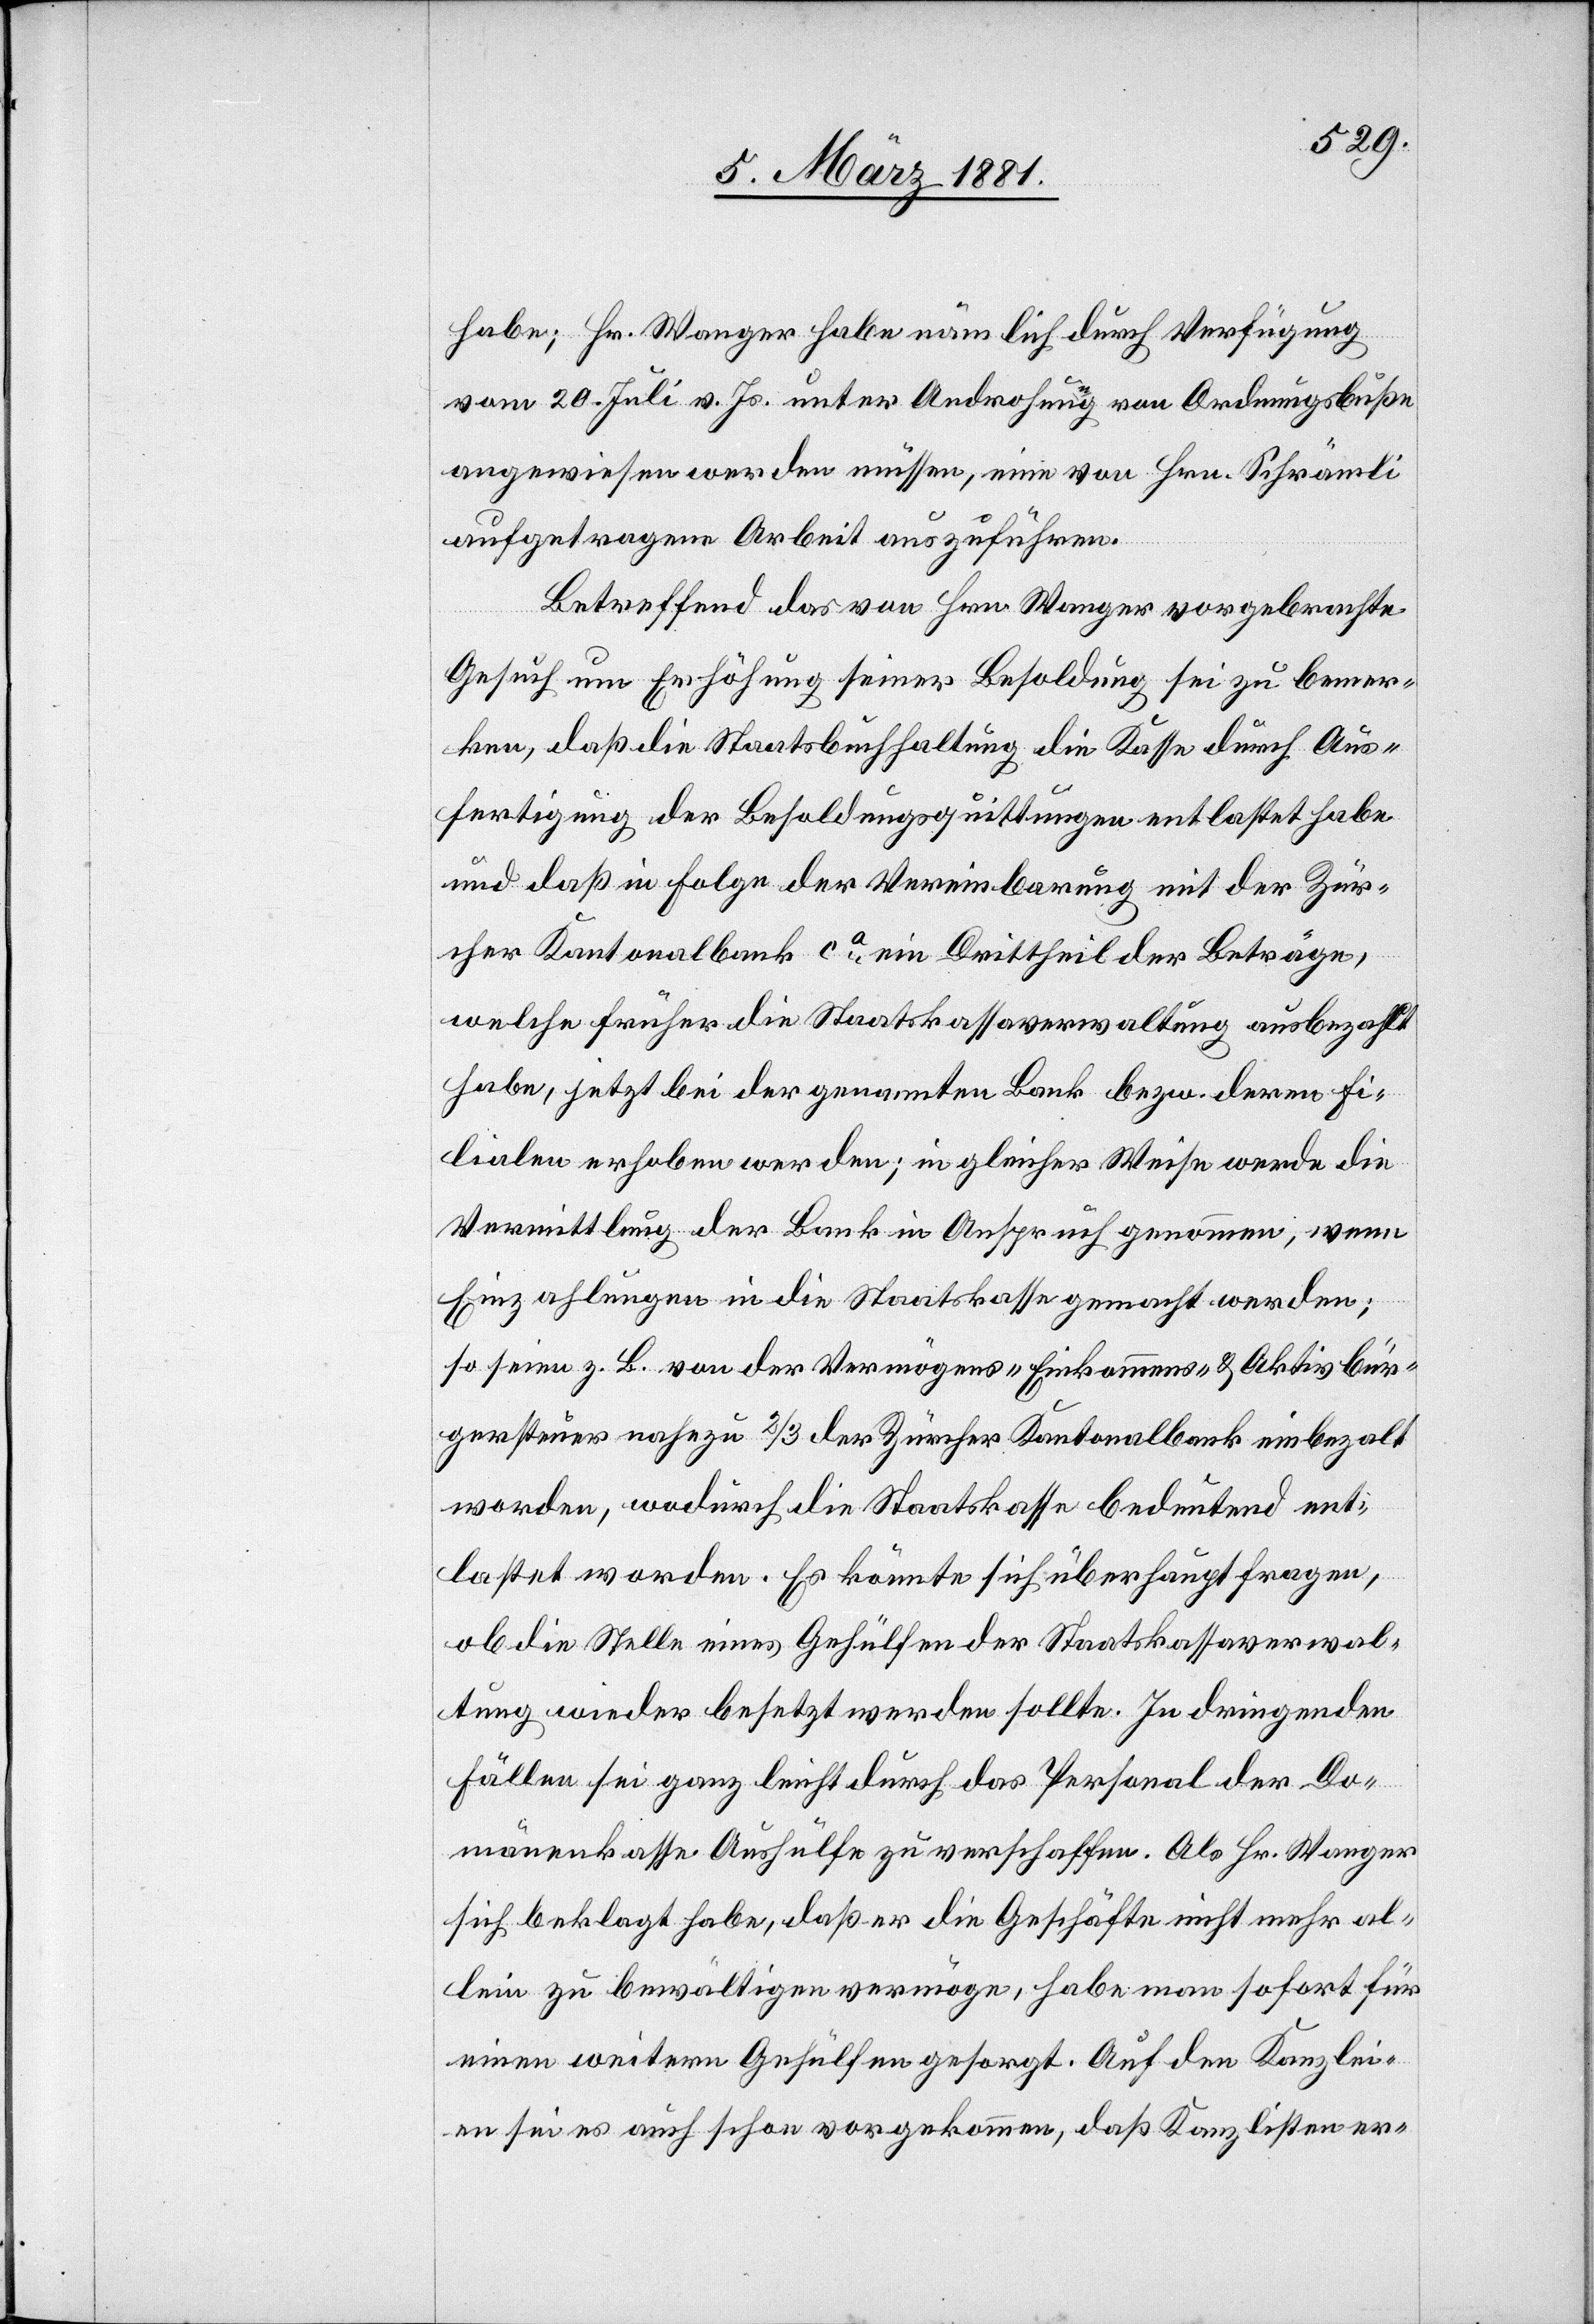
habe; Hr. Wanger habe nämlich durch Verfügung
vom 20. Juli v. Js. unter Androhung von Ordnungsbuße
angewiesen werden müssen, eine von Hrn. Schrämli
aufgetragene Arbeit auszuführen.
Betreffend das von Hrn. Wanger vorgebrachte
Gesuch um Erhöhung seiner Besoldung sei zu bemer¬
ken, daß die Staatsbuchhaltung die Kasse durch Aus¬
fertigung der Besoldungsquittungen entlastet habe
und daß in Folge der Vereinbarung mit der Zür¬
cher Kantonalbank ca ein Dritttheil der Beträge,
welche früher die Staatskassaverwaltung ausbezahlt
habe, jetzt bei der genannten Bank bezw. deren Fi¬
lialen erhoben werden; in gleicher Weise werde die
Vermittlung der Bank in Anspruch genommen, wenn
Einzahlungen in die Staatskasse gemacht werden;
so seien z. B. von der Vermögens-[,] Einkommens- & Aktivbür¬
gersteuer nahezu 2/3 der Zürcher Kantonalbank einbezalt
worden, wodurch die Staatskasse bedeutend ent¬
lastet worden. Es könnte sich überhaupt fragen,
ob die Stelle eines Gehülfen der Staatskassaverwal¬
tung wieder besetzt werden sollte. In dringenden
Fällen sei ganz leicht durch das Personal der Do¬
mänenkasse Aushülfe zu verschaffen. Als Hr. Wanger
sich beklagt habe, daß er die Geschäfte nicht mehr al¬
lein zu bewältigen vermöge, habe man sofort für
einen weiteren Gehülfen gesorgt. Auf den Kanzlei¬
en sei es auch schon vorgekommen, daß Kanzlisten er-